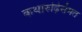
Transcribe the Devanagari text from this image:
कथारुढ़िसंमत